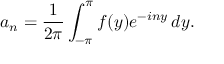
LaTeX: a _ { n } = { \frac { 1 } { 2 \pi } } \int _ { - \pi } ^ { \pi } f ( y ) e ^ { - i n y } \, d y .